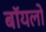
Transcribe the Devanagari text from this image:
बॉयलो